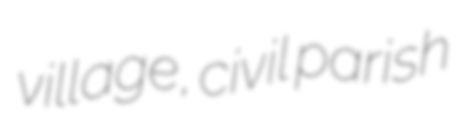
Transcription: village, civil parish